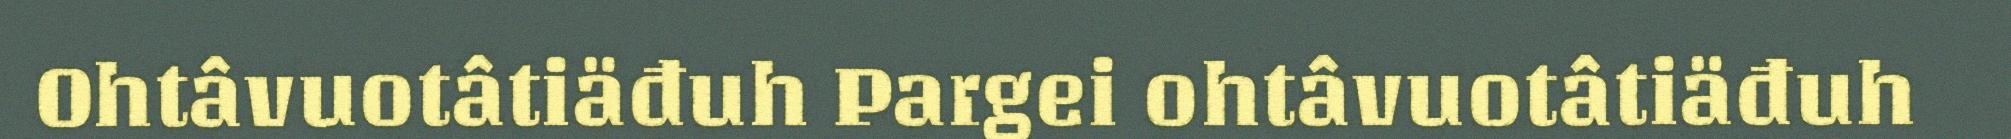
Ohtâvuotâtiäđuh Pargei ohtâvuotâtiäđuh